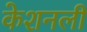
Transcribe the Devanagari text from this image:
केशनली